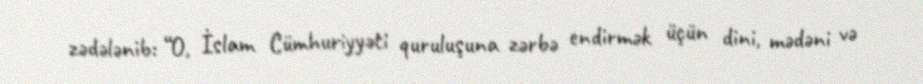
zədələnib: “O, İslam Cümhuriyyəti quruluşuna zərbə endirmək üçün dini, mədəni və